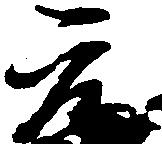
元